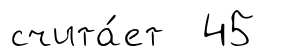
счита́ет 45